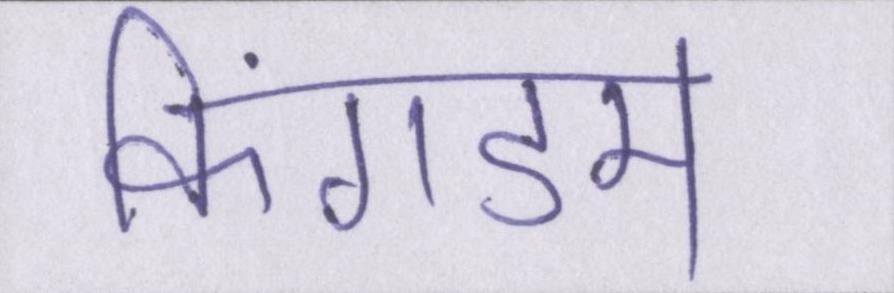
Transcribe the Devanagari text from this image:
किंगडम